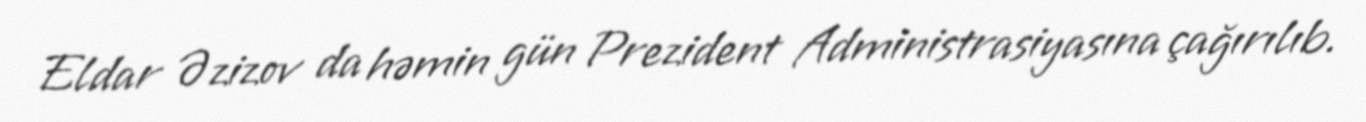
Eldar Əzizov da həmin gün Prezident Administrasiyasına çağırılıb.